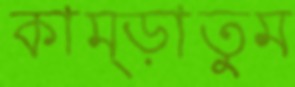
কাম্‌ড়াতুম